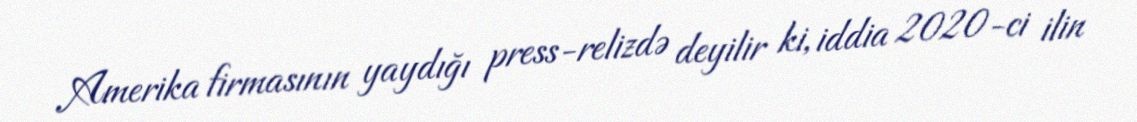
Amerika firmasının yaydığı press-relizdə deyilir ki, iddia 2020-ci ilin